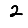
Digit: 2